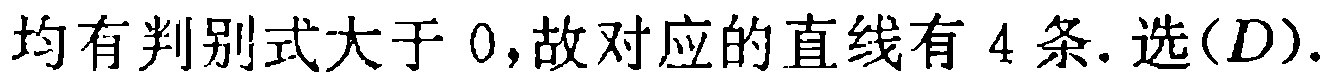
均有判别式大于 0,故对应的直线有 4 条.选$(D)$.